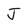
Character: J